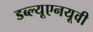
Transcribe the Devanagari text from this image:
डब्ल्यूएनयूवी